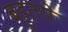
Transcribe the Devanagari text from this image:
बहुतरों